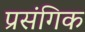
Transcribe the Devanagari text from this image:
प्रसंगिक